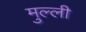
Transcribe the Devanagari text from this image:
मुल्ली